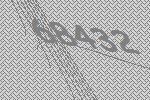
68432